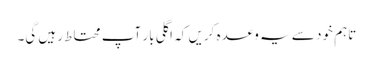
تاہم خود سے یہ وعدہ کریں کہ اگلی بار آپ محتاط رہیں گی۔